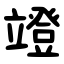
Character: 竳